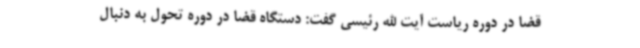
قضا در دوره ریاست آیت الله رئیسی گفت: دستگاه قضا در دوره تحول به دنبال